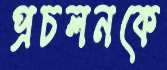
প্রচলনকে